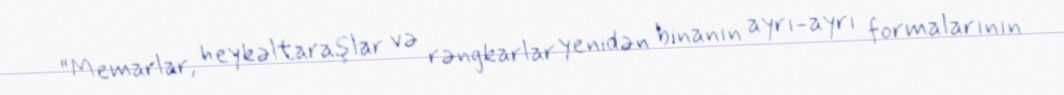
“Memarlar, heykəltaraşlar və rəngkarlar yenidən binanın ayrı-ayrı formalarının